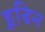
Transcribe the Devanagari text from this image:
हूडिन